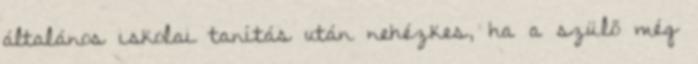
általános iskolai tanítás után nehézkes, ha a szülő még